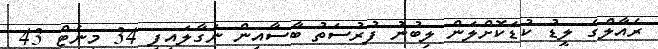
ރެއާލްގެ ލީޑު ކުޑަކޮށްލަން ލިބުނު ފުރުސަތު ބާސާއިން ނަގާލައިފި 34 މިނެޓް 43